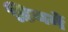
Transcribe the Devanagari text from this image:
डियर्ने